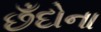
છઁદોના